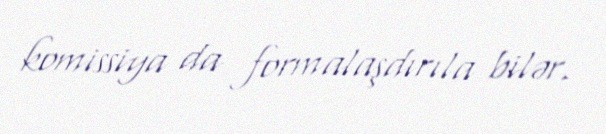
komissiya da formalaşdırıla bilər.